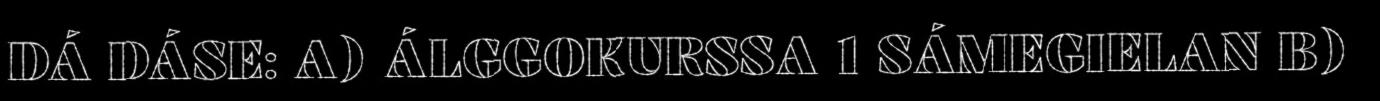
DÁ DÁSE: A) ÁLGGOKURSSA 1 SÁMEGIELAN B)